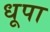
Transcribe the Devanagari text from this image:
धूपा